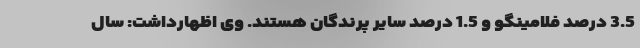
3.5 درصد فلامینگو و 1.5 درصد سایر پرندگان هستند. وی اظهارداشت: سال